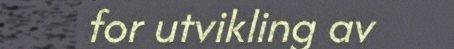
for utvikling av